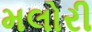
મલોરી